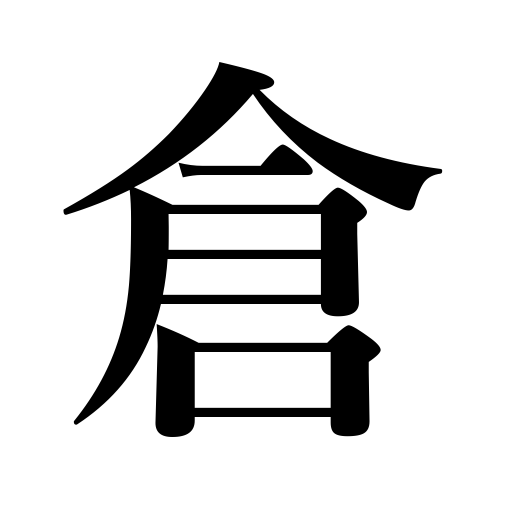
Meanings: elevator,warehouse,cellar,granary,godown,treasury,depository,storehouse